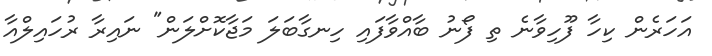
އަހަރެން ކިހާ ފޫހިވާނެ ތި ފޯނު ބާއްވާފައި ހިނގާބަލަ މަޖާކޮށްލަން" ނައިރާ ރުހައިލްއާ